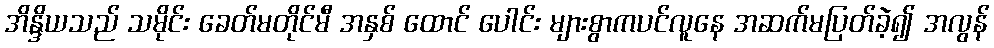
အိန္ဒိယသည် သမိုင်း ခေတ်မတိုင်မီ အနှစ် ထောင် ပေါင်း များစွာကပင်လူနေ အဆက်မပြတ်ခဲ့၍ အလွန်